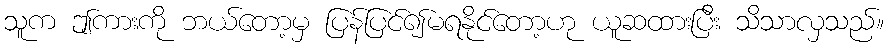
သူက ဤကားကို ဘယ်တော့မှ ပြန်ပြင်၍မရနိုင်တော့ဟု ယူဆထားပြီး သိသာလှသည်။